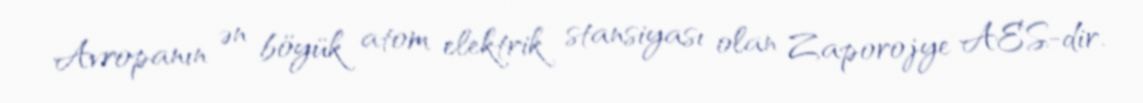
Avropanın ən böyük atom elektrik stansiyası olan Zaporojye AES-dir.